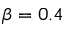
\beta = 0 . 4